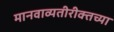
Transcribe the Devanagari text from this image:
मानवाव्यतीरीक्तच्या